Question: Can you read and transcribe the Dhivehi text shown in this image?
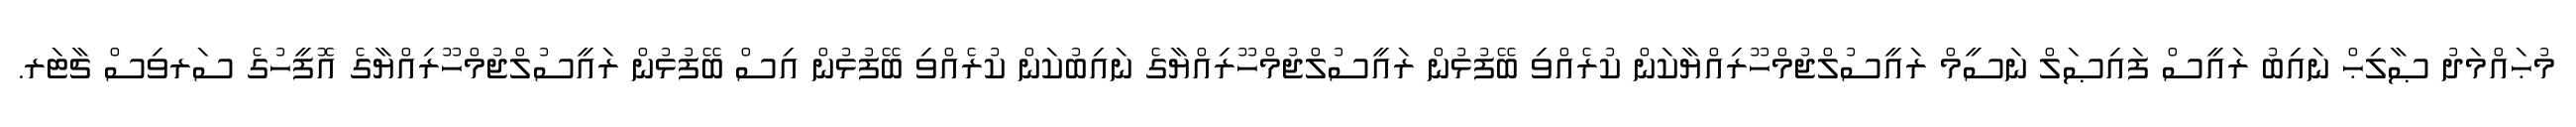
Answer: މުޙައްމަދު ޞާލިޙް ނައިބު ރައީސް ފައިޞަލް ނަސީމް ރައީސުލްޖުމްހޫރިއްޔާކަން ކުރެއްވި ބޭފުޅުން ރައީސުލްޖުމްހޫރިއްޔާގެ ނައިބުކަން ކުރެއްވި ބޭފުޅުން އިސް ބޭފުޅުން ރައީސުލްޖުމްހޫރިއްޔާގެ އޮފީހުގެ ސަރވިސް ޗާޓަރ.